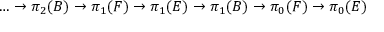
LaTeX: \dots \to \pi _ { 2 } ( B ) \to \pi _ { 1 } ( F ) \to \pi _ { 1 } ( E ) \to \pi _ { 1 } ( B ) \to \pi _ { 0 } ( F ) \to \pi _ { 0 } ( E )